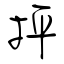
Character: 抨